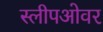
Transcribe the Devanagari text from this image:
स्लीपओवर